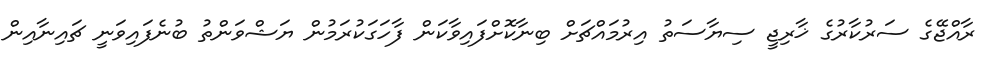
ރާއްޖޭގެ ސަރުކާރުގެ ޚާރިޖީ ސިޔާސަތު އިރުމައްޗަށް ބިނާކޮށްފައިވާކަން ފާހަގަކުރަމުން ޔަޝްވަންތު ބުނެފައިވަނީ ޗައިނާއިން